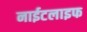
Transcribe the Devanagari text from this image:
नाईटलाइफ